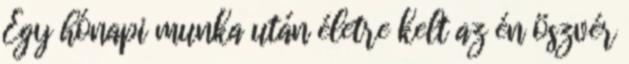
Egy hónapi munka után életre kelt az én öszvér